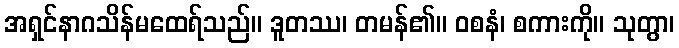
အရှင်နာဂသိန်မထေရ်သည်။ ဒူတဿ၊ တမန်၏။ ဝစနံ၊ စကားကို။ သုတွာ၊